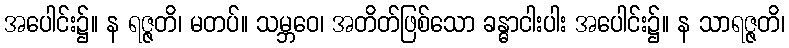
အပေါင်း၌။ န ရဇ္ဇတိ၊ မတပ်။ သမ္ဘဝေ၊ အတိတ်ဖြစ်သော ခန္ဓာငါးပါး အပေါင်း၌။ န သာရဇ္ဇတိ၊